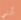
أنني